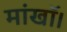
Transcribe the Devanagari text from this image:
मांखॉ।